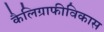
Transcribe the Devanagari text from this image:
कैलिग्राफीविकास